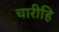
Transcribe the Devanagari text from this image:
चारीहि